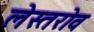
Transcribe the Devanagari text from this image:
लेस्तरोव